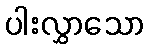
ပါးလွှာသော